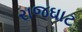
રાજઘાટ